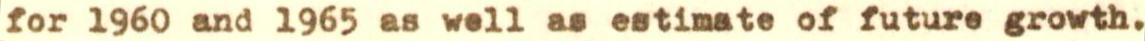
for 1960 and 1965 as well as estimate of future growth.